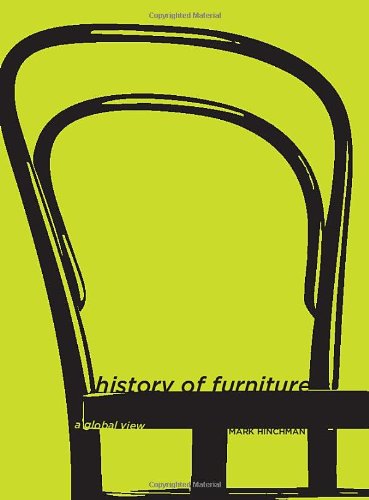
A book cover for History of Furniture: A Global View; Mark Hinchman; Arts & Photography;